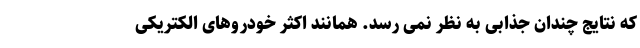
که نتایج چندان جذابی به نظر نمی رسد. همانند اکثر خودروهای الکتریکی